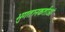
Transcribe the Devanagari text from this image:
भुगतानकर्ताओं